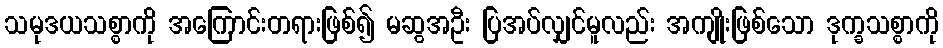
သမုဒယသစ္စာကို အကြောင်းတရားဖြစ်၍ မဆွအဦး ပြအပ်လျှင်မူလည်း အကျိုးဖြစ်သော ဒုက္ခသစ္စာကို